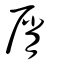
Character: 㞕